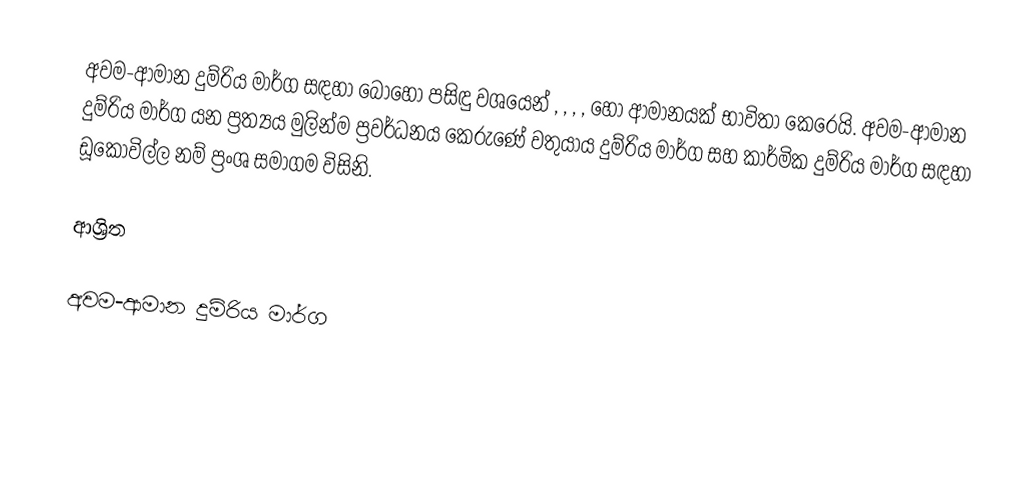
අවම-ආමාන දුම්රිය මාර්ග සඳහා බොහෝ පසිඳු වශයෙන් , , , ,  හෝ  ආමානයක් භාවිතා කෙරෙයි. අවම-ආමාන දුම්රිය මාර්ග යන ප්‍රත්‍යය මුලින්ම ප්‍රවර්ධනය කෙරුණේ  වතුයාය දුම්රිය මාර්ග සහ කාර්මික දුම්රිය මාර්ග සඳහා ඩූකෝවිල්ල නම් ප්‍රංශ සමාගම විසිනි.

ආශ්‍රිත

අවම-ආමාන දුම්රිය මාර්ග